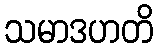
သမာဒဟတိ